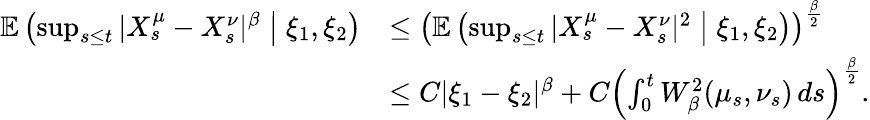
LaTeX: \begin{array}{rl}{\mathbb{E}\left(\operatorname*{sup}_{s\leq t}|X_{s}^{\mu}-X_{s}^{\nu}|^{\beta}\bigm|\xi_{1},\xi_{2}\right)}&{\leq\left(\mathbb{E}\left(\operatorname*{sup}_{s\leq t}|X_{s}^{\mu}-X_{s}^{\nu}|^{2}\bigm|\xi_{1},\xi_{2}\right)\right)^{\frac{\beta}{2}}}\\ &{\leq C|\xi_{1}-\xi_{2}|^{\beta}+C\left(\int_{0}^{t}W_{\beta}^{2}(\mu_{s},\nu_{s})\, ds\right)^{\frac{\beta}{2}}.}\end{array}